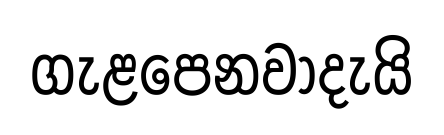
ගැළපෙනවාදැයි